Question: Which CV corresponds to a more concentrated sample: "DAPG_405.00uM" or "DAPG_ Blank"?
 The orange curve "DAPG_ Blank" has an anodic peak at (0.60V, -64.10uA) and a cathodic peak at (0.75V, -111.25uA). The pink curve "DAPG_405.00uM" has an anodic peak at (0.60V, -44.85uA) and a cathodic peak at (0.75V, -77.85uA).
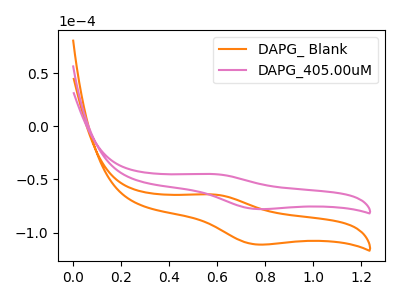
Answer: <think>All the peaks in "DAPG_405.00uM" have a peak in "DAPG_ Blank" at the same potential.
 </think>
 <answer>I cant tell if "DAPG_405.00uM" or "DAPG_ Blank" has higher concentration.</answer>
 <eval>mixed_concentration</eval>